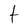
Character: t